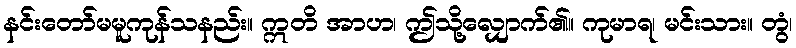
နင်းတော်မမူကုန်သနည်း။ ဣတိ အာဟ၊ ဤသို့လျှောက်၏။ ကုမာရ၊ မင်းသား။ တွံ၊